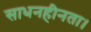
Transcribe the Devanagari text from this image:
साधनहीनता।